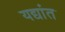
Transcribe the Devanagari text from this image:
यद्यांत